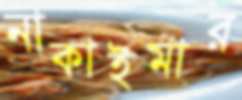
নাকাইমার